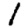
Digit: 1